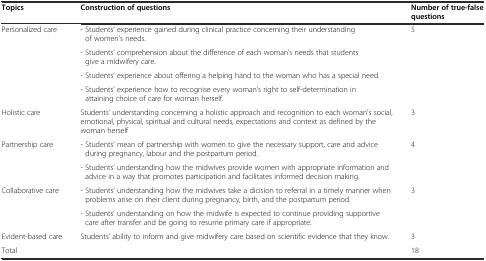
<table><thead><tr><td><b>Topics</b></td><td><b>Construction of questions</b></td><td><b>Number of true-false questions</b></td></tr></thead><tbody><tr><td rowspan="4">Personalized care</td><td>- Students’ experience gained during clinical practice concerning their understanding of women’s needs.</td><td rowspan="4">5</td></tr><tr><td>- Students’ comprehension about the difference of each woman’s needs that students give a midwifery care.</td></tr><tr><td>- Students’ experience about offering a helping hand to the woman who has a special need.</td></tr><tr><td>- Students’ experience how to recognise every woman’s right to self‐determination in attaining choice of care for woman herself.</td></tr><tr><td>Holistic care</td><td>Students’ understanding concerning a holistic approach and recognition to each woman’s social, emotional, physical, spiritual and cultural needs, expectations and context as defined by the woman herself</td><td>3</td></tr><tr><td rowspan="2">Partnership care</td><td>- Students’ mean of partnership with women to give the necessary support, care and advice during pregnancy, labour and the postpartum period.</td><td rowspan="2">4</td></tr><tr><td>- Students’ understanding how the midwives provide women with appropriate information and advice in a way that promotes participation and facilitates informed decision making.</td></tr><tr><td rowspan="2">Collaborative care</td><td>- Students’ understanding how the midwives take a dicision to referral in a timely manner when problems arise on their client during pregnancy, birth, and the postpartum period.</td><td rowspan="2">3</td></tr><tr><td>- Students’ understanding on how the midwife is expected to continue providing supportive care after transfer and be going to resume primary care if appropriate.</td></tr><tr><td>Evident-based care</td><td>Students’ ability to inform and give midwifery care based on scientific evidence that they know.</td><td>3</td></tr><tr><td colspan="2">Total</td><td>18</td></tr></tbody></table>